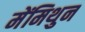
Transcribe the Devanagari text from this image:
मेंमिथुन